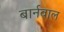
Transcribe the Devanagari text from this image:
बार्नवाल